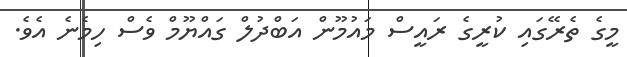
މީގެ ތެރޭގައި ކުރީގެ ރައީސް މައުމޫން އަބްދުލް ގައްޔޫމް ވެސް ހިމެނެ އެވެ.